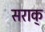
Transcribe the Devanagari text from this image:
सराक्